[Report on the health of British troops in the Madras command]
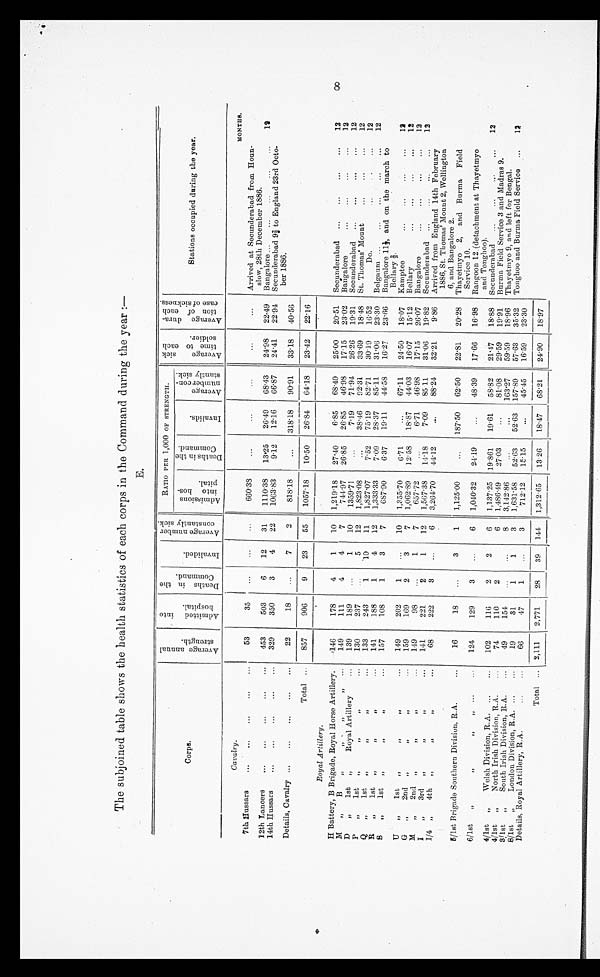
The subjoined table shows the health statistics of each corps in the Command during the year :-
E.
Corps.
o
al
g
c3 -
g), Vo
f,
;-n
tf,
-<1
0
_4_,
"
_S) ...-?,
.4;2, a - .
2
-- -1
'-'
0
-7;
;7. : -,- ...;
,,, 5,
, _:_-, . - .
- t -2 0
0 C.)
4, .
;L. -;
.
' ' ' '
'z
-
.
n;
8 T. ;
.17'
.,,.. - >->
Ez 5 .
8 g
-.
RATIO PER 1,000 OF STRENGTH.
,24 ,-0
.,..) c..)
2 c.8
o
(1) -4.
,..,
to
0
Cd o .-
;-, ,.5 rcl
J, O
C.- 2,1 " cn
-,
'
' ,
71
. t.-n
,..-.
.
0 0 ...,,
tO
0
;-, a („D,
0 .2 e
, 6
-,r1
,, ch
g'
.r .;),
2
4.,. :,
,4
E -
--' Z "--'
-'.- Pr-.
,..., -,,,,
r.. ,
g d
. `-' a
'14
Fi:
,
8
- C.)
4
C/3
'V'
. r,
'Ta'
F.
4
i
z .2A
o .,,
"' .
0
..., .
tc 0
CZ$ ,C, -,
;-. , . .
, - .
L.
,-. 74
L. ' 4:5
.
Stations occupied during the year.
Cavalry.
MONTHE
7th aussars
...
,..
...
...
...
53
30
660'38
...
...
...
...
...
Arrived at Secunderabad from Houn-
slow, 28th December 1886.
12th Lancers
...
...
..,
...
...
453
503
6
12
31
1110'38
13.95
26.49
68. 43
24.98
22. 49
Bangalore ...
...
...
...
...
12
14th Hussars
...
..„.,
..,
...
329
350
3
4
22
1063.83
9.12
12.16
66.87
24'41
22.94
Secunderabad 9i to England 23rd Octo-
ber 1886.
Details, Cavalry ,..
...
.„
...
...
22
18
...
7
2
818.18
...
318'18
90'91
33.18
4056
Total ...
857
906
9
23
55
1057.18
10.50
26 . 84
64 . 18
23.42
22.16
Royal Artillery.
H Battery, B Brigade, Royal Horse Artillery.
.146
178
4
1
10
1,219 . 18
27 .40
6.85
68.49
25.00
20. 51
Secunderabad
...
...
...
...
12
M
„
B
„
,, -
II
149
111
4
4
7
744.97
26 . 85
26.85
46'98
17.15
23 . 02
Bangalore
...
...
...
. . .
12
D
„
1st
„
Royal Artillery
...
139
189
...
1
10
1359.7
...
7.19
71 . 94
26.26
19.31
Secunderabad
...
...
...
,..
12
P
„
1st
„
y,
„
...
130
237
5
12
1,823.08
...
38.46
92 . 31
33.69
18 . 48
St. Thomas' Mount
...
...
...
12
Q
1st
.
. .
133
243
1
10
11
1,827-07
7.52
75.19
82 . 71
3019
1652
Do.
...
- *
. . .
12
„
It
„
1st
„
„
11
11
11
...
141
188
1
4
12
1,333.33
7.09
28.37
85 . 11
31-00
23 . 30
Belgaum ...
...
... . ...
...
12
S
„
1st
„
,,
157
108
1
3
7
687.90
6-37
19.11
44.58
16-27
23 . 06
Bangalore 11i, and on the march to
Bellary i.
U
„
1st
„
IP
II
...
149
202
1
...
10
1,255 . 70
6.71
. . .
67.11
2450
18 . 07
Ka.mptee
...
...
...
12
0
„
2nd
„
11
II
...
159
169
2
3
7
1,062 . 89
12.58
1.8.87
44.03
16-07
15 . 12
Bellary
...
...
...
...
12
M
„
2nd
„
11
I P
. . .
119
98
...
1
7
657.72
6.71
46'98
17'15
26 . 07
Bangalore
...
...
...
12
I
3r
11
11
„
...
141
221
2
1
12
1,567'38
14.18
7.09
85 11
31'06
19 . 82
Secunderabad
...
...
...
...
12
1/4 „
4th
„
II
11
68
222
8
...
6
3,264'70
4412
...
88'24
32.21
9.86
Arrived from England 14th February
1886, St. Thomas' Mount 2, Wellington
6, and Bangalore 2.
15/1st Brigade Southern Division, R.A....
18
...
3
1
1,125.00
...
187.50
62 . 50
22-81
20 . 28
Thayetmyo
2,
and Burma
Field
Service 10.
6/1st
„
„
II
11
...
124
129
3
...
6
1,040.32
24.19
...
48.39
17.66
16 . 98
Rangoon 12 (detachment at Thayetmyo
and Tonghoo).
4/1st
„
Welsh Division, R.A.
...
102
116
2
2
6
1,137-25
19 . 861
19'61
55.82
21.47
1888
Secunderabad
...
...
,..
...
12
4/1st
„
North Irish Division, R.A.
...
74
110
2
6
1,486.49
27.03
...
81.08
29.59
19 . 91
Burma Field Service 3 and Madras 9.
3 1 1st
„
South Irish Division, R.A.
...
49
154
...
8
3,142.86
...
...
163.27
59-59
18 . 96
Thayetmyo 9, and left for Bengal.
8. /1st
„
London Division, R.A. ...
...
19
31
1
1
3
1,631.58
52 . 63
52.63
157 . 89
57.63
35.32
Tonghoo and Burma Field Service
...
1Z
Details, Royal Artillery, R.A.
...
...
66
47
1
3
712.12
15.15
...
45.45
16'59
23.30
Total ...
2,111
2,771
28
39
144
1,312 . 65
13.26
18.47
6821
24.90
18'97
CO